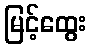
မြင့်ထွေး